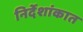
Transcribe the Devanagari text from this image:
निर्देशांकात